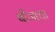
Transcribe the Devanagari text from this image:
बीजाचा